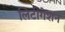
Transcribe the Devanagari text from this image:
लिटीगेशन